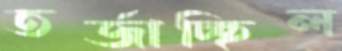
তর্জাচ্ছিল